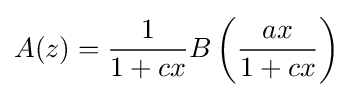
A(z)={\frac {1}{1+cx}}B\left({\frac {ax}{1+cx}}\right)